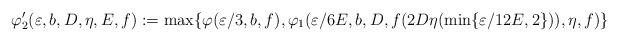
LaTeX: \begin{align*}\varphi_2'(\varepsilon,b,D,\eta,E,f):=\max\{\varphi(\varepsilon/3,b,f),\varphi_1(\varepsilon/6E,b,D,f(2D\eta(\min\{\varepsilon/12E,2\})),\eta,f)\}\end{align*}